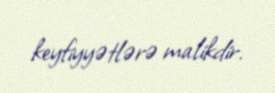
keyfiyyətlərə malikdir.